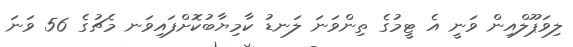
ލިވަޕޫލްއިން ވަނީ އެ ޓީމުގެ ތިންވަނަ ލަނޑު ކާމިޔާބުކޮށްފައިވަނ މެޗުގެ 56 ވަނަ